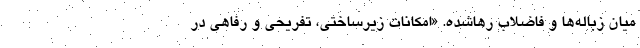
میان زباله‌ها و فاضلاب رهاشده. «امکانات زیرساختی، تفریحی و رفاهی در